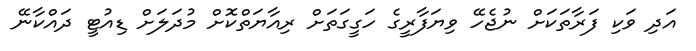
އަދި ވަކި ފަރާތަކަށް ނުޖެހޭ ވިޔަފާރީގެ ހަގީގަތަށް ރިއާޔަތްކޮށް މުދަލަށް ޑިއުޓީ ދައްކާނޭ